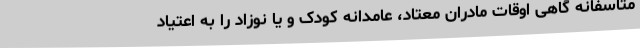
متاسفانه گاهی اوقات مادران معتاد، عامدانه کودک و یا نوزاد را به اعتیاد